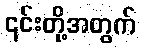
၎င်းတို့အတွက်